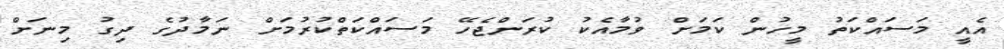
އެއީ މަސައްކަތު މީހުން ކަމަށް ވުމާއެކު ކުރަންޖެހޭ މަސައްކަތްކުރުމަށް ނަމާދުގެ ދިގު މިނަށް